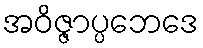
အဝိဇ္ဇာပ္ပဘေဒေ